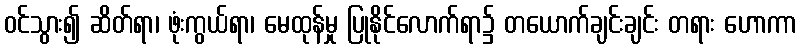
ဝင်သွား၍ ဆိတ်ရာ၊ ဖုံးကွယ်ရာ၊ မေထုန်မှု ပြုနိုင်လောက်ရာ၌ တယောက်ချင်းချင်း တရား ဟောကာ